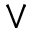
\vee